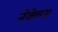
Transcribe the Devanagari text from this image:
नेक्लेस